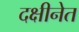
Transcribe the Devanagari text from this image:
दक्षीनेत